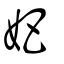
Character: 妑